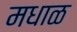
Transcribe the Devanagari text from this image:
मधाळ